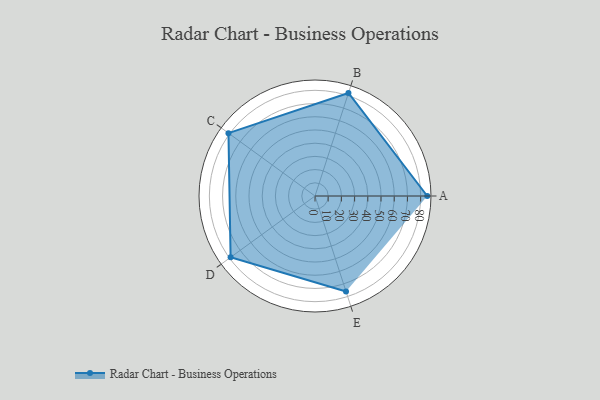
{"axis": {"x": "Skill", "y": "Score"}, "legend": ["Profile"], "data": [{"x": "A", "y": 85.0, "type": "Profile"}, {"x": "B", "y": 82.0, "type": "Profile"}, {"x": "C", "y": 81.0, "type": "Profile"}, {"x": "D", "y": 79.0, "type": "Profile"}, {"x": "E", "y": 76.0, "type": "Profile"}]}